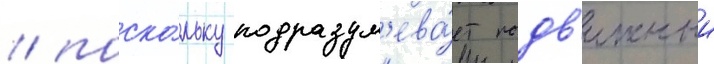
/ поско́льку подразум'ева́ет подв'ижныи